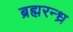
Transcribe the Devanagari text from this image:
ब्रह्मरन्ध्र